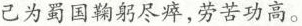
己为蜀国鞠躬尽瘁，劳苦功高。